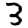
Digit: 3